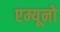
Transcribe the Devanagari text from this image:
एम्यूनो